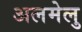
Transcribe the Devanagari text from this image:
अलमेलु